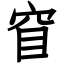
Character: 窅